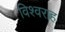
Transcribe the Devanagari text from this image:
विश्वराह